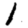
Digit: 1